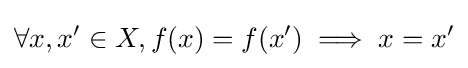
\forall x,x'\in X,f(x)=f(x')\implies x=x'